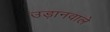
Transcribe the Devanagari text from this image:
उड़ानवाले